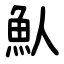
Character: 魜